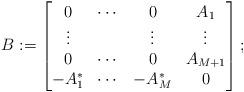
LaTeX: \begin{align*}B := \begin{bmatrix}0 & \cdots & 0 & A_1 \\ \vdots & & \vdots & \vdots\\0 & \cdots & 0 & A_{M+1} \\ -A_1^\ast & \cdots & -A_{M}^\ast & 0 \end{bmatrix};\end{align*}